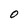
Character: o